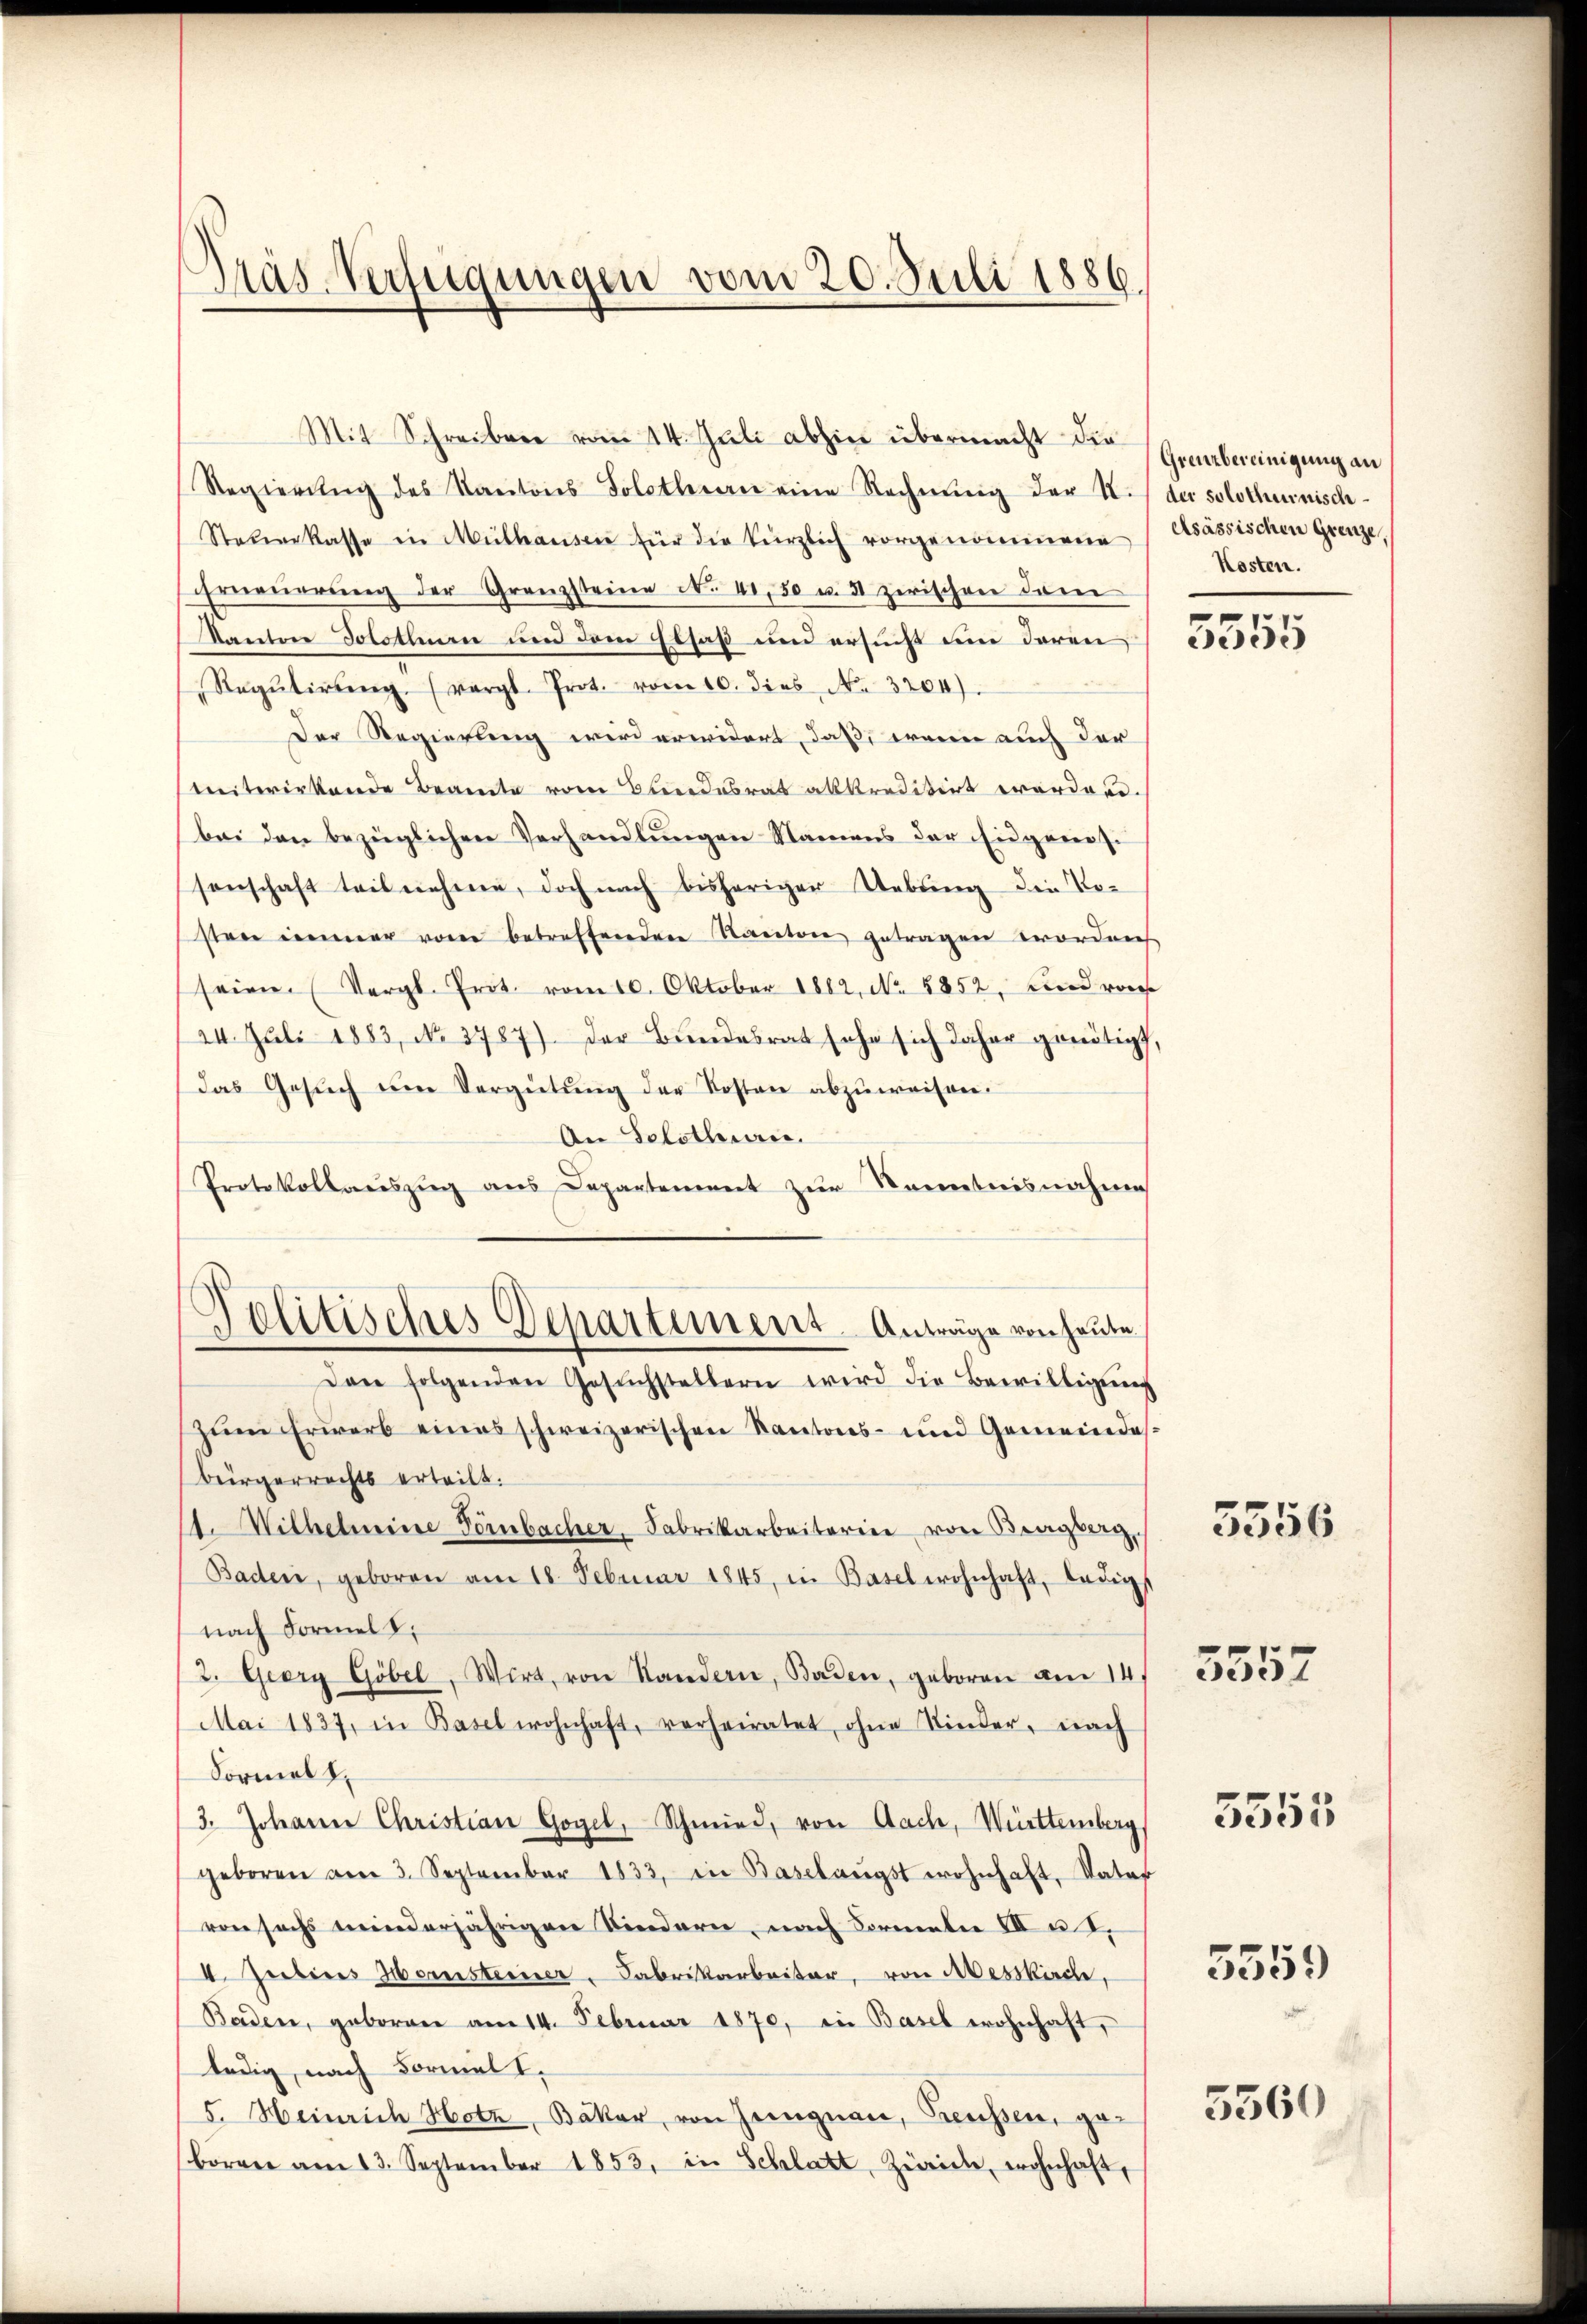
Dras Verfügungen vom 20. Juli 1886.

Mit Schreiben vom 14. Juli abhin übermachten Grebereinigung an
Regierŭng des Kantons Solothurn eine Rechnŭng der I. der solothurnisch-
Steŭerkasse in Mülhausen für die kürzlich vorgenommene Asassischen Grenze,
grneŭerŭng der Grenzsteine N. 41.50 u. 5 zwischen dam
Kanton Solothurn und dem Elsaß und ersucht um deren
Regŭtirŭng. (vergl. Prot. vom 10. dies N. 3204).
Der Regierung wird erwidert, daß, wenn auch der
weiterirtende Beamte vom Bundesrat abkreditirt worden.
bei den bezüglichen Verhandlungen Namens der Eidgenössenschaft teilnehme, doch nach bisheriger Uebung die Tosten immer von betreffenden Kanton getragen worden
seien. (Vergl. Trot. vom 10. Oktober 1882, No 8852, und roh
24. Juli 1883, No. 3787). Der Bŭndesrat sehe sich daher genötigt,
Das Gesŭch ŭm Vergütŭng der Kosten abzuweisen.
An Solothurn.
Protokollauszug aus Departement zur Kenntnisnahme
Politisches Departement. Anträge von heute
Den folgenden Gesŭchstellern wird die Bewilligŭng
zum Erwerb eines schweizerischen Kantons- und Gemeindesbürgerrechts erteilt.
11. Wilhelmine Tembacher, Fabrikarbeiterin von Bragberg
Baden, geboren am 18. Februar 1845, in Basel wohnhaft, ledig
nach Formell:
2. Georg Göbel, Wirt, von Standern, Baden, geboren am 14.
Mai 1837, in Basel wohnhaft, verheiratet, ohne Kinder, nach
Formell
3. Johann Christian Gogel, Schmied, von Aach, Württemberg
geboren am 3. September 1833, in Baselaŭgst wohnhaft, Vater
von sechs minderjährigen Kindern, nach Formeln III u. 2.
I. Jubires Hornsteiner Fabrikarbeiter, von Messkirche,
Baden, geboren am 14. Februar 1870, in Basel wohnhaft,
ledig, nach Formel I.
5. Heinrich Hotz, Bäker, von Zungnau, Preussen, ge¬
(borner am 13. September 1853, in Schlatt, Zürich, wohnhaft,

Kosten.
e

5555

3556

5557

5555

5559)

5560